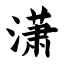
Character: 潇